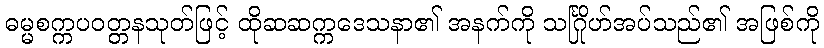
ဓမ္မစက္ကပဝတ္တနသုတ်ဖြင့် ထိုဆဆက္ကဒေသနာ၏ အနက်ကို သင်္ဂြိုဟ်အပ်သည်၏ အဖြစ်ကို